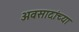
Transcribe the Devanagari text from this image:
अवसादांच्या